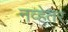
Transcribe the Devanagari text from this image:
नव्हेतर